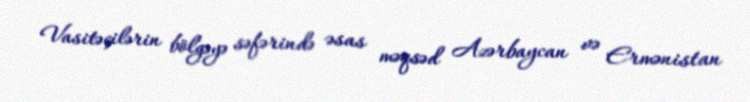
Vasitəçilərin bölgəyə səfərində əsas məqsəd Azərbaycan və Ermənistan